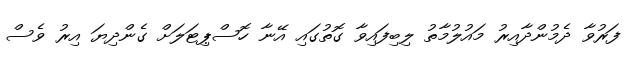
ފަރުވާ ދެމުންދާއިރު މައުލުމާތު ލިބިފައިވާ ގޮތުގައި އޭނާ ހޮސްޕިޓަލަށް ގެންދިޔަ އިރު ވެސް